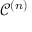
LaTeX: { \mathcal { C } } ^ { ( n ) }